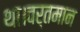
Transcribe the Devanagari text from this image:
था।वर्तमान